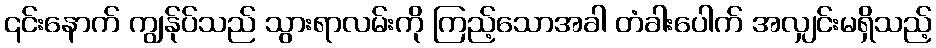
၎င်းနောက် ကျွန်ုပ်သည် သွားရာလမ်းကို ကြည့်သောအခါ တံခါးပေါက် အလျှင်းမရှိသည့်